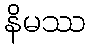
နိမဿ